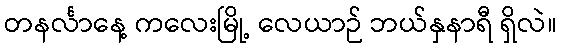
တနင်္လာနေ့ ကလေးမြို့ လေယာဉ် ဘယ်နှနာရီ ရှိလဲ။